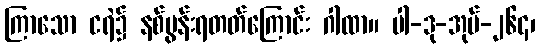
ကြာသော ငရဲ၌ နစ်မွန်းရတတ်ကြောင်း ဂါထာ။ ပါ-ဒု-အုပ်-၂၆၄၊